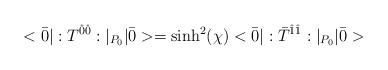
LaTeX: \begin{align*}<\bar{0}|:T^{\hat{0}\hat{0}}:|_{P_0}|\bar{0}> = \sinh^2(\chi) <\bar{0}|:\bar{T}^{\hat{1}\hat{1}}:|_{P_0}|\bar{0}>\end{align*}